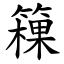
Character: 䉓